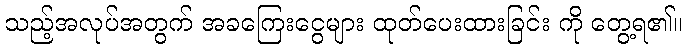
သည့်အလုပ်အတွက် အခကြေးငွေများ ထုတ်ပေးထားခြင်း ကို တွေ့ရ၏။